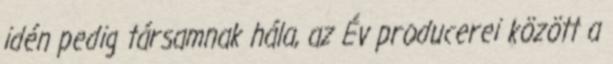
idén pedig társamnak hála, az Év producerei között a